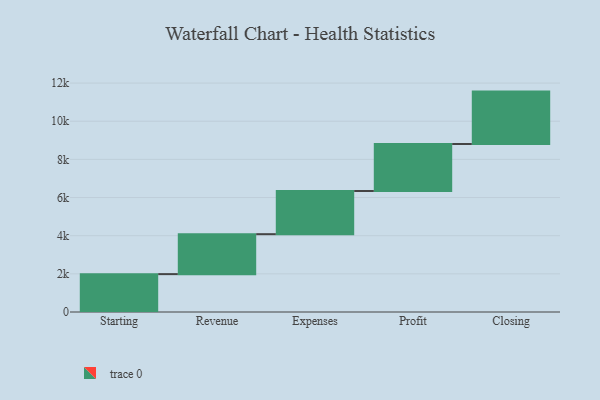
{"axis": {"x": "Step", "y": "Value"}, "legend": [""], "data": [{"x": "Starting", "y": 1985.0, "type": ""}, {"x": "Revenue", "y": 2094.0, "type": ""}, {"x": "Expenses", "y": 2264.0, "type": ""}, {"x": "Profit", "y": 2463.0, "type": ""}, {"x": "Closing", "y": 2747.0, "type": ""}]}